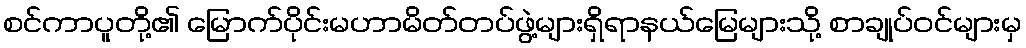
စင်ကာပူတို့၏ မြောက်ပိုင်းမဟာမိတ်တပ်ဖွဲ့များရှိရာနယ်မြေများသို့ စာချုပ်ဝင်များမှ